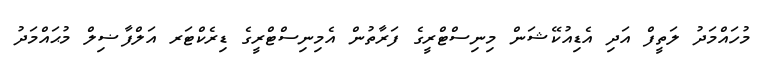
މުހައްމަދު ލަތީފް އަދި އެޑިއުކޭޝަން މިނިސްޓްރީގެ ފަރާތުން އެމިނިސްޓްރީގެ ޑިރެކްޓަރ އަލްފާޟިލް މުޙައްމަދު